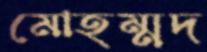
মোহম্মদ